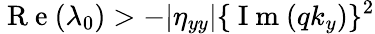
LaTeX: \mathrm{~R~e~}(\lambda_{0})>-|\eta_{yy}|\{ \mathrm{~I~m~}(qk_{y})\} ^{2}